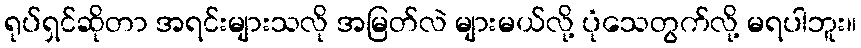
ရုပ်ရှင်ဆိုတာ အရင်းများသလို အမြတ်လဲ များမယ်လို့ ပုံသေတွက်လို့ မရပါဘူး။